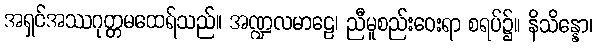
အရှင်အဿဂုတ္တမထေရ်သည်။ အဏ္ဍလမာဠေ၊ ညီမူစည်းဝေးရာ စရပ်၌။ နိသိန္နော၊